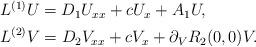
LaTeX: \begin{align*}\begin{aligned}& L^{(1)}U=D_1U_{xx}+cU_x+A_1U,\\& L^{(2)}V=D_2V_{xx}+cV_{x}+\partial_VR_2(0,0)V.\end{aligned}\end{align*}